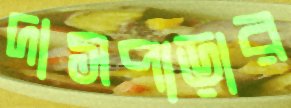
দাসপাড়ার